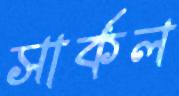
সার্কল